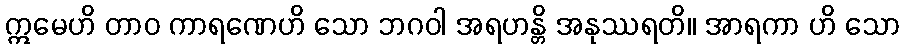
ဣမေဟိ တာဝ ကာရဏေဟိ သော ဘဂဝါ အရဟန္တိ အနုဿရတိ။ အာရကာ ဟိ သော